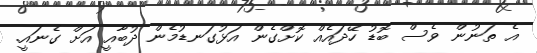
އެ ތަނުން ވެސް ބޮޑު ހޭދައެއް ކޮށްގެން އަޅުގަނޑުމެން ދުބާއީ އަށް ގެނައީ.